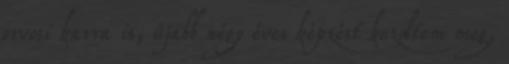
orvosi karra is, újabb négy éves képzést kezdtem meg,